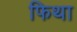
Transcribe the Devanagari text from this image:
फिथा